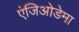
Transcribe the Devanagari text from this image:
एंजिओडेमा